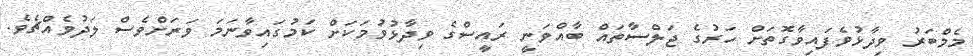
މެމްބަރު ވިދާޅުވެފައިވާގޮތަށް ހަރުގެ ޖަލްސާތައް ބާއްވަނީ ރައީސްގެ ވިދާޅުވުމަކަށް ކަމުގައިވާނަމަ ވަރަށްވެސް ލަދުވެއްޗެވެ.